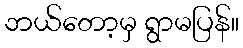
ဘယ်တော့မှ ရွာမပြန်။